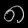
Digit: ၈